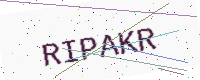
Text: RIPAKR